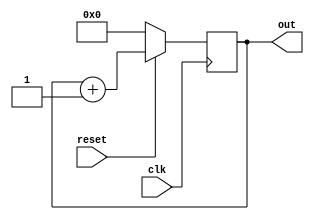
module with_clock(input clk,
                  input reset,
                  output reg[7:0] out);
  always @ (posedge clk) begin
    if(!reset)
      out = 0;
    else begin
      out <= 5;  // ignored !!
      out <= out + 1'b1;
    end
  end 

endmodule